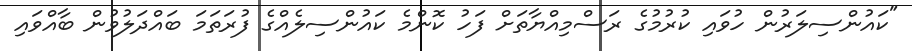
"ކައުންސިލަރުން ހުވައި ކުރުމުގެ ރަސްމިއްޔާތަށް ފަހު ކޮންމެ ކައުންސިލެއްގެ ފުރަތަމަ ބައްދަލުވުން ބާއްވައި